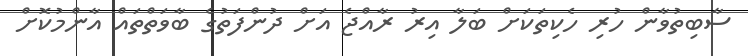
ސާބިތުވާން ހުރި ހެކިތަކަށް ބަލާ އިރު ރާއްޖެ އަށް ދުންފަތުގެ ބާވަތްތައް އާންމުކޮށް